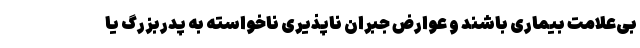
بی‌علامت بیماری باشند و عوارض جبران ناپذیری ناخواسته به پدربزرگ یا